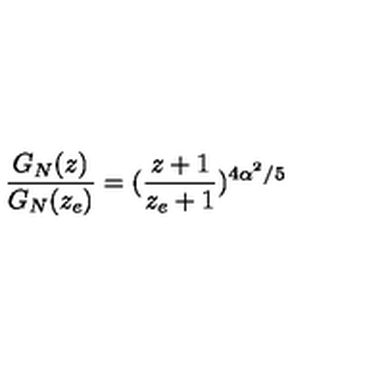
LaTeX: \frac { G _ { N } ( z ) } { G _ { N } ( z _ { e } ) } = ( \frac { z + 1 } { z _ { e } + 1 } ) ^ { 4 \alpha ^ { 2 } / 5 }